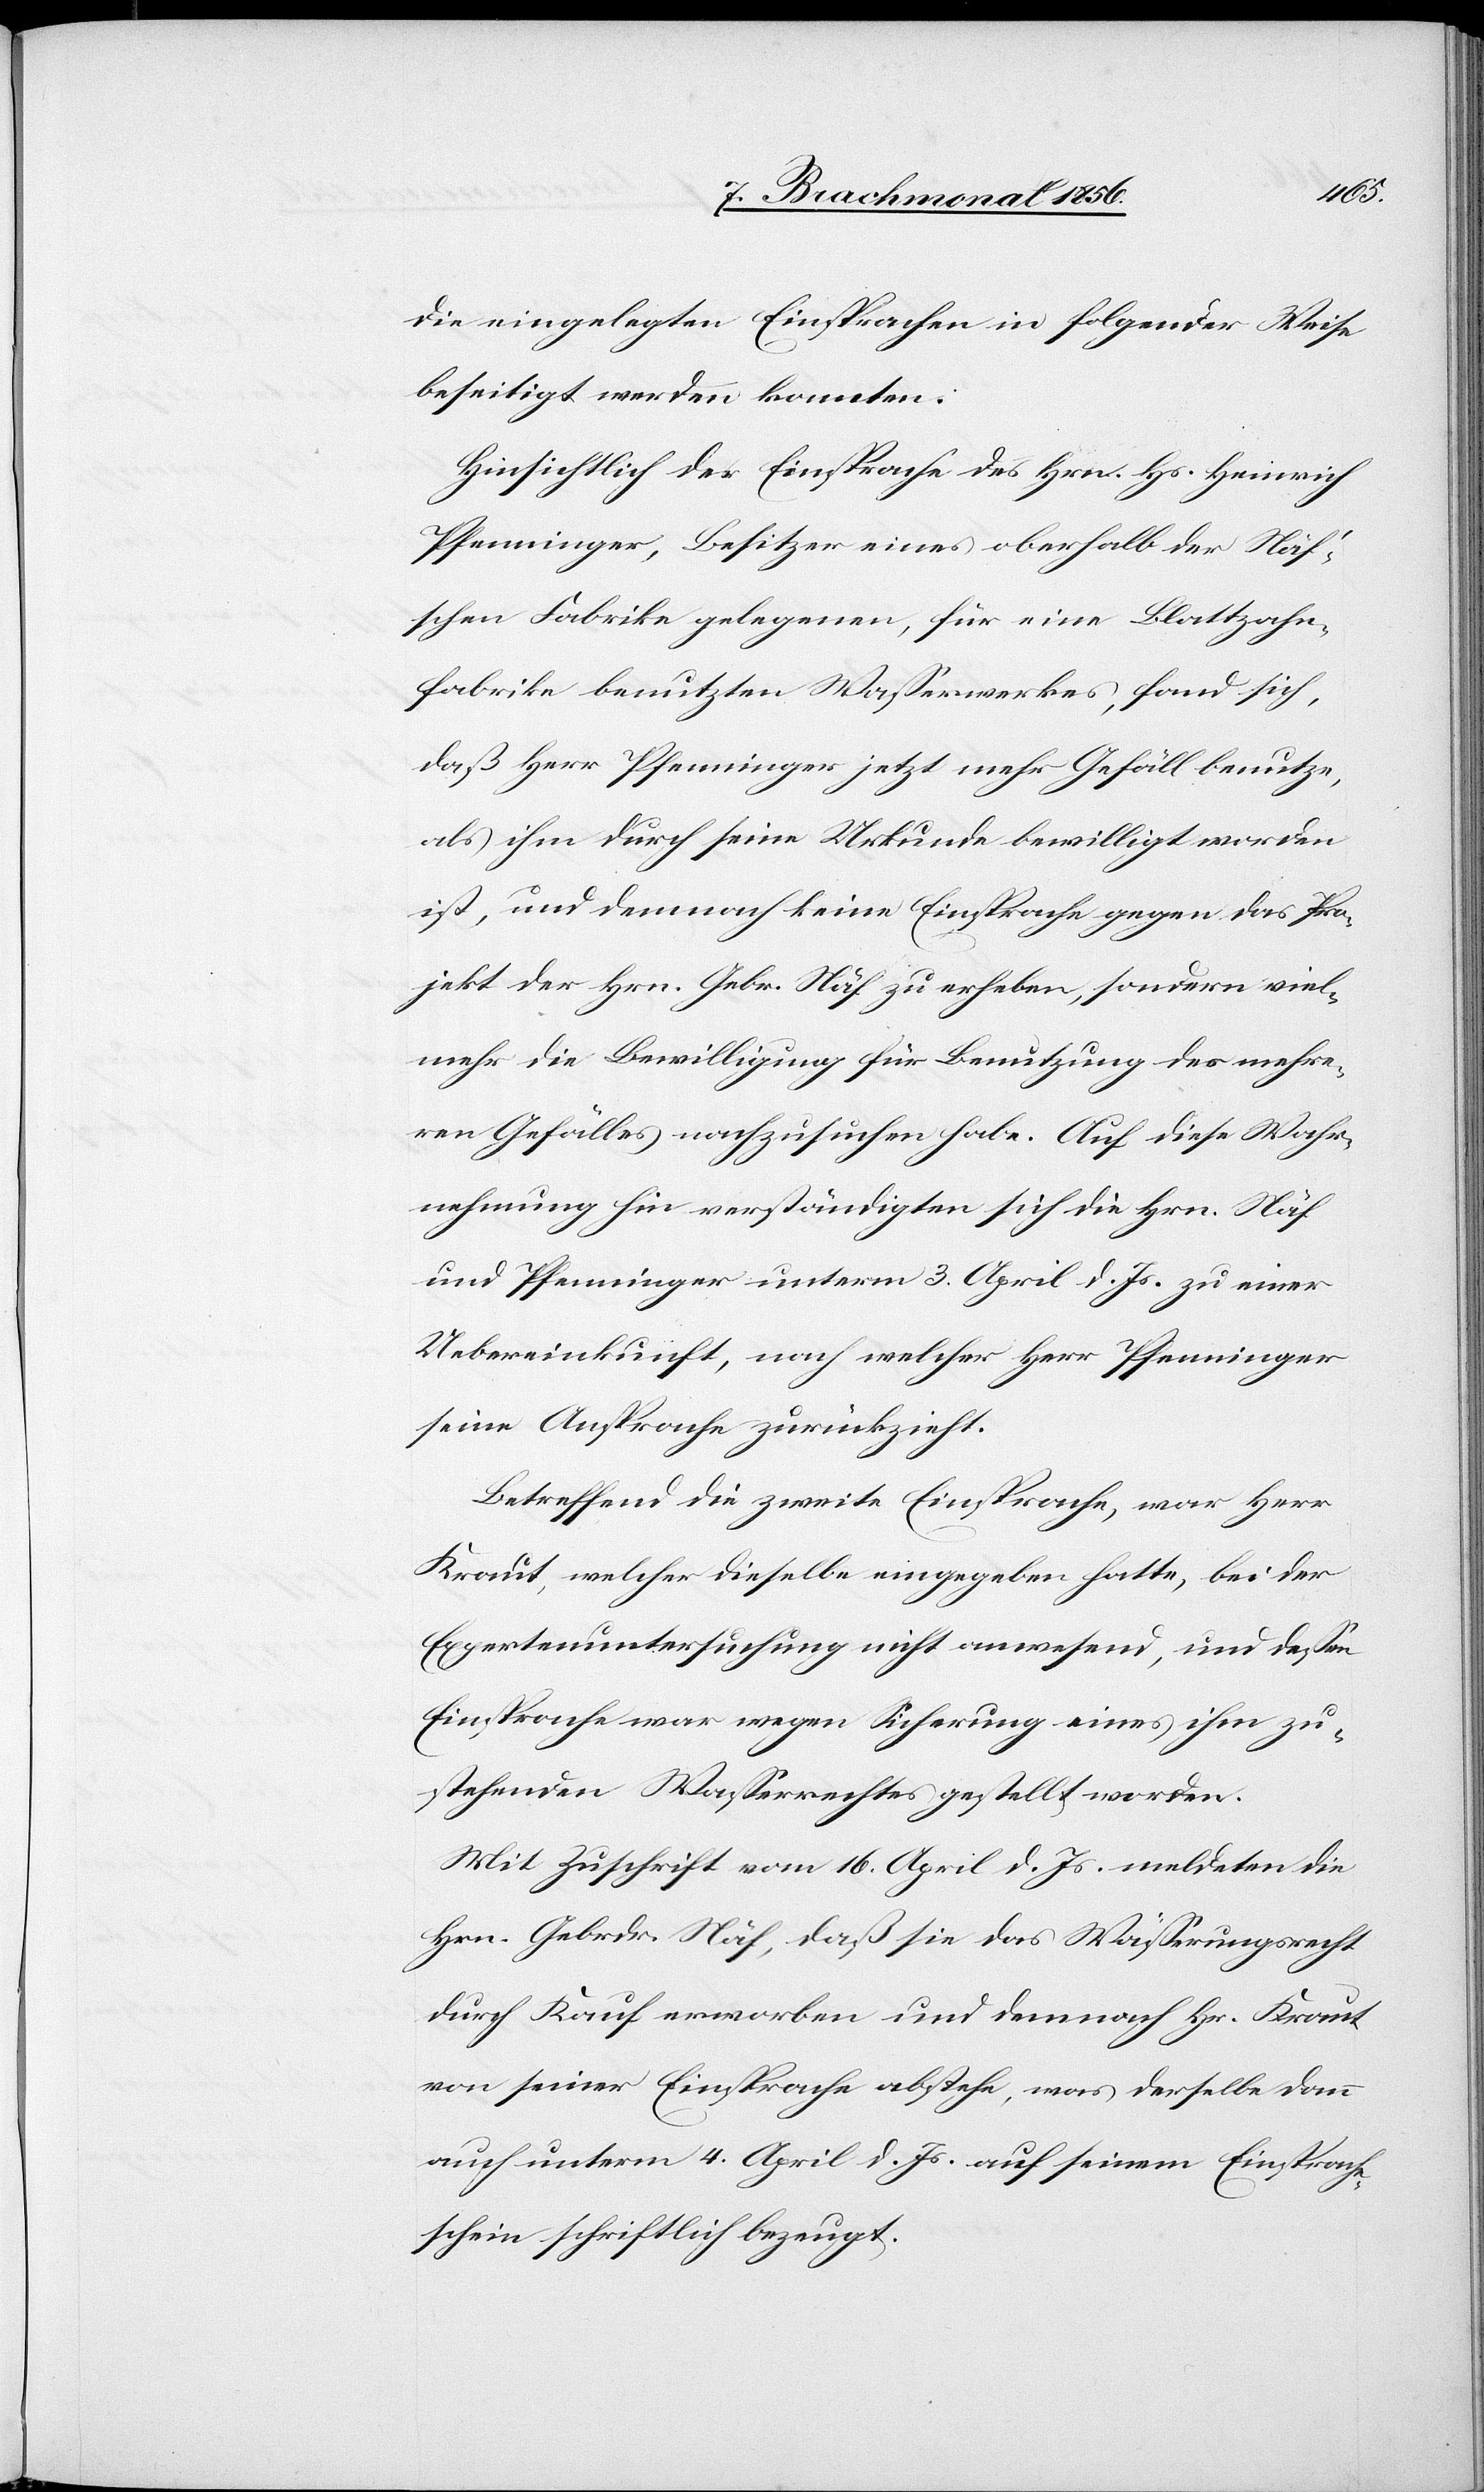
die eingelegten Einsprachen in folgender Weise
beseitigt werden konnten:
Hinsichtlich der Einsprache des Hrn. Hs. Heinrich
Pfenninger, Besitzer eines oberhalb der Näf's¬
chen Fabrike gelegenen, für eine Blattzahn¬
fabrike benutzten Wasserwerkes, fand sich,
daß Herr Pfenninger jetzt mehr Gefäll benutze,
als ihm durch seine Urkunde bewilligt worden
ist, und demnach keine Einsprache gegen das Pro¬
jekt der Hrn. Gebr. Näf zu erheben, sondern viel¬
mehr die Bewilligung für Benutzung des mehre¬
ren Gefälles nachzusuchen habe. Auf diese Wahr¬
nehmung hin verständigten sich die Hrn. Näf
und Pfenninger unterm 3. April d. Js. zu einer
Uebereinkunft, nach welcher Herr Pfenninger
seine Ansprache zurückzieht.
Betreffend die zweite Einsprache, war Herr
Kraut, welcher dieselbe eingegeben hatte, bei der
Expertenuntersuchung nicht anwesend, und dessen
Einsprache war wegen Sicherung eines ihm zu¬
stehenden Wasserrechtes gestellt worden.
Mit Zuschrift vom 16. April d. Js. meldeten die
Hrn. Gebrdr. Näf, daß sie das Wässerungsrecht
durch Kauf erworben und demnach Hr. Kraut
von seiner Einsprache abstehe, was derselbe dann
auch unterm 4. April d. Js. auf seinem Einsprache¬
schein schriftlich bezeugt.